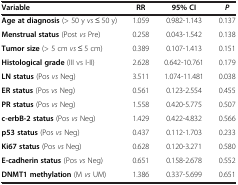
| Variable | RR | 95%CI | P |
 | --- | --- | --- | --- |
 | Age at diagnosis (> 50 y vs ≤ 50 y) | 1.059 | 0.982-1.143 | 0.137 |
 | Menstrual status (Post vs Pre) | 0.258 | 0.043-1.542 | 0.138 |
 | Tumor size (> 5 cm vs ≤ 5 cm) | 0.389 | 0.107-1.413 | 0.151 |
 | Histological grade (III vs I-II) | 2.628 | 0.642-10.761 | 0.179 |
 | LN status (Pos vs Neg) | 3.511 | 1.074-11.481 | 0.038 |
 | ER status (Pos vs Neg) | 0.561 | 0.123-2.554 | 0.455 |
 | PR status (Pos vs Neg) | 1.558 | 0.420-5.775 | 0.507 |
 | c-erbB-2 status (Pos vs Neg) | 1.429 | 0.422-4.832 | 0.566 |
 | p53 status (Pos vs Neg) | 0.437 | 0.112-1.703 | 0.233 |
 | Ki67 status (Pos vs Neg) | 0.628 | 0.120-3.271 | 0.580 |
 | E-cadherin status (Pos vs Neg) | 0.651 | 0.158-2.678 | 0.552 |
 | DNMT1 methylation (M vs UM) | 1.386 | 0.337-5.699 | 0.651 |